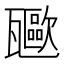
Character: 𤮥